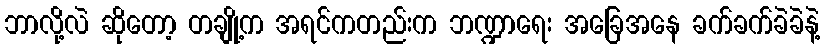
ဘာလို့လဲ ဆိုတော့ တချို့က အရင်ကတည်းက ဘဏ္ဍာရေး အခြေအနေ ခက်ခက်ခဲခဲနဲ့